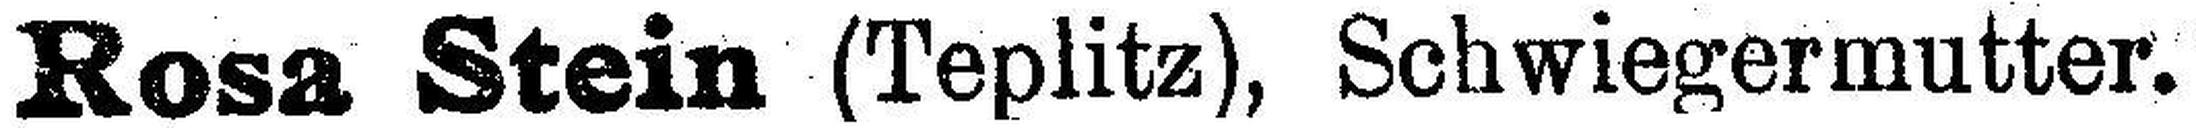
Rosa Stein (Teplitz), Schwiegermutter.